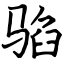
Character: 驺